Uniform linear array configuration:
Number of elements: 24
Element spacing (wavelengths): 0.25
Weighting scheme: uniform
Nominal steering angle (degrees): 15
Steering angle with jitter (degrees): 16.474
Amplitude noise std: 0.05
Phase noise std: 0.05

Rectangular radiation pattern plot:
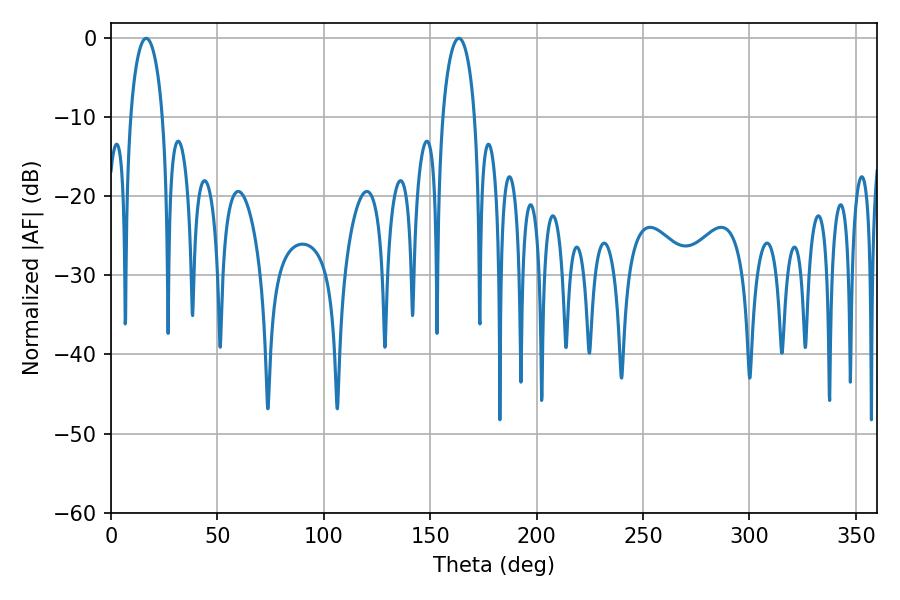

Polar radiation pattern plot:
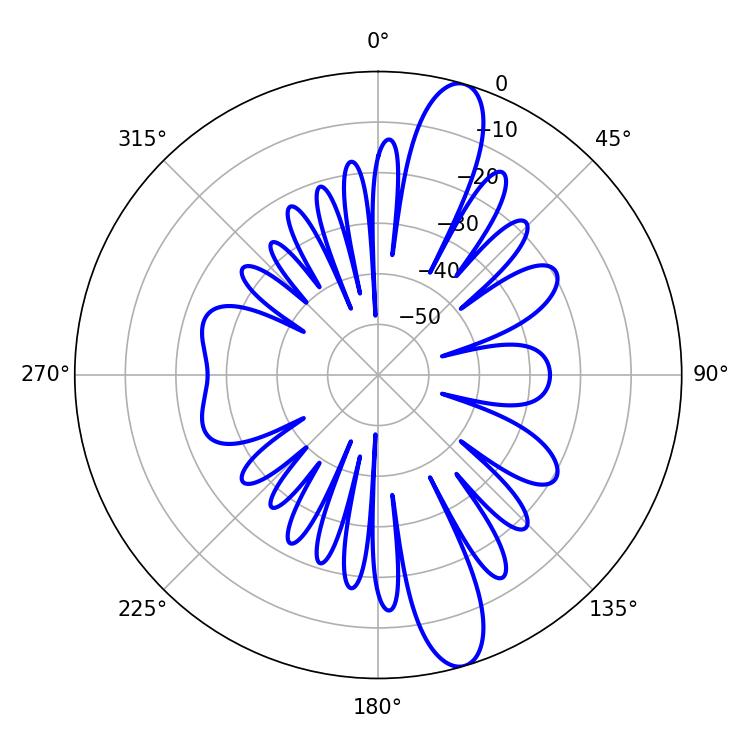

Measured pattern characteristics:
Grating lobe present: FALSE
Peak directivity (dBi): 13.116
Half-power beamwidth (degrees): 8.64
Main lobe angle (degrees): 163.44